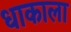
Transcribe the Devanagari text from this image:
धाकाला